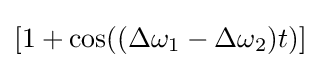
[1+\cos((\Delta \omega _{1}-\Delta \omega _{2})t)]